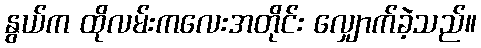
နွယ်က ထိုလမ်းကလေးအတိုင်း လျှောက်ခဲ့သည်။